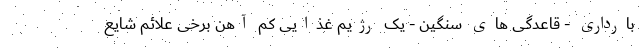
بارداری - قاعدگی های سنگین - یک رژیم غذایی کم آهن برخی علائم شایع